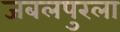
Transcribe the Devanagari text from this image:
जबलपुरला